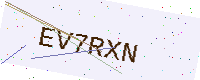
Text: EV7RXN